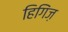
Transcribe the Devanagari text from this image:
हिगिंज़